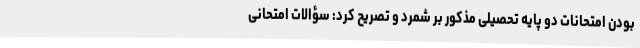
بودن امتحانات دو پایه تحصیلی مذکور بر شمرد و تصریح کرد: سؤالات امتحانی